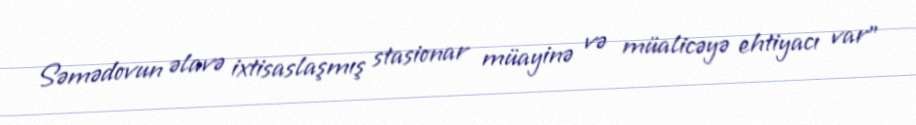
Səmədovun əlavə ixtisaslaşmış stasionar müayinə və müalicəyə ehtiyacı var"